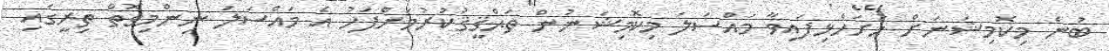
ބުނެ މިކޮމިޝަނަށް ހުށަހެޅިފައިވާ މައްސަލަ މިކޮމިޝަނުން ތަޙްޤީޤުކުރުމަށްފަހު އެ މައްސަލަ ނިންމިގޮތް ތިރީގައި